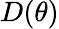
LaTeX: D(\theta)